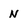
Character: n